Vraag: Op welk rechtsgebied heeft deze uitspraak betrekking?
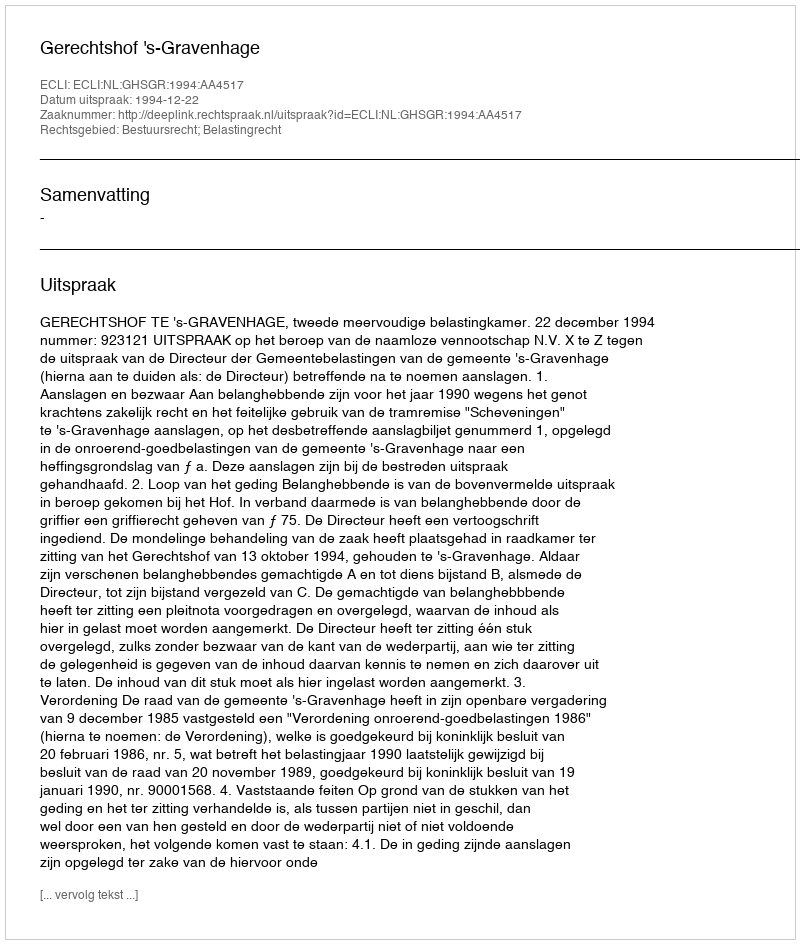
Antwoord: Bestuursrecht; Belastingrecht